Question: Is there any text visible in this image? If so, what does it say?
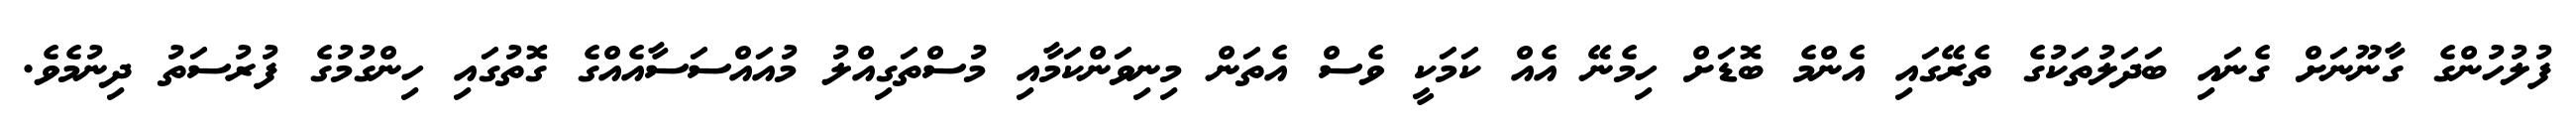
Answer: ފުލުހުންގެ ގާނޫނަށް ގެނައި ބަދަލުތަކުގެ ތެރޭގައި އެންމެ ބޮޑަށް ހިމެނޭ އެއް ކަމަކީ ވެސް އެތަން މިނިވަންކަމާއި މުސްތަގިއްލު މުއައްސަސާއެއްގެ ގޮތުގައި ހިންގުމުގެ ފުރުސަތު ދިނުމެވެ.